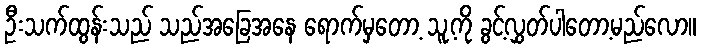
ဦးသက်ထွန်းသည် သည်အခြေအနေ ရောက်မှတော့ သူ့ကို ခွင့်လွှတ်ပါတော့မည်လော။